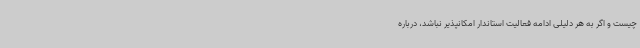
چیست و اگر به هر دلیلی ادامه فعالیت استاندار امکانپذیر نباشد، درباره